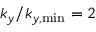
k _ { y } / k _ { y , \mathrm { m i n } } = 2